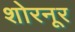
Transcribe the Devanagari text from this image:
शोरनूर